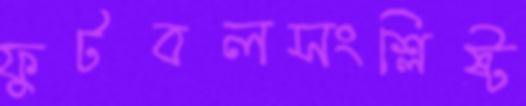
ফুটবলসংশ্লিষ্ট